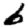
Digit: 6